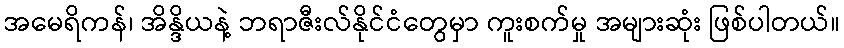
အမေရိကန်၊ အိန္ဒိယနဲ့ ဘရာဇီးလ်နိုင်ငံတွေမှာ ကူးစက်မှု အများဆုံး ဖြစ်ပါတယ်။